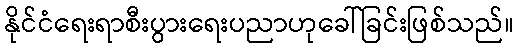
နိုင်ငံရေးရာစီးပွားရေးပညာဟုခေါ်ခြင်းဖြစ်သည်။